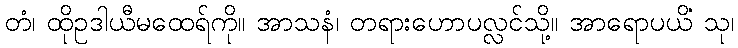
တံ၊ ထိုဥဒါယီမထေရ်ကို။ အာသနံ၊ တရားဟောပလ္လင်သို့။ အာရောပယိံ သု၊